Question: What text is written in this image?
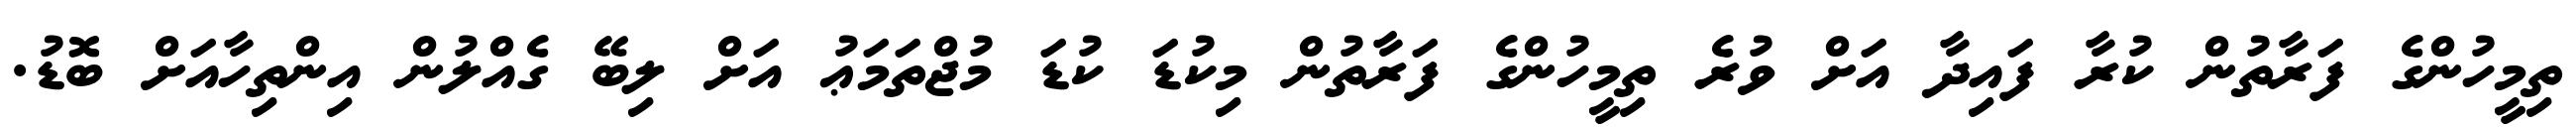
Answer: ތިމީހުންގެ ފަރާތުން ކުރާ ފައިދާ އަށް ވުރެ ތިމީހުންގެ ފަރާތުން މިކުޑަ ކުޑަ މުޖްތަމަޢު އަށް ލިބޭ ގެއްލުން އިންތިހާއަށް ބޮޑު.